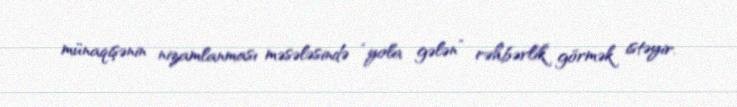
münaqişənin nizamlanması məsələsində “yola gələn” rəhbərlik görmək istəyir.